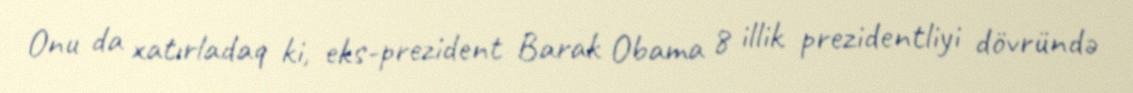
Onu da xatırladaq ki, eks-prezident Barak Obama 8 illik prezidentliyi dövründə